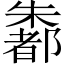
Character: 𪴄